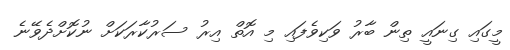
މީގައި ގިނައީ ތިން ބާރު ވަކިވެފައި މި އޮތް އިރު ސަރުކާރަކަށް ނުކޮށްދެވޭނެ